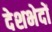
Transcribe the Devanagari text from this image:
देशभेदों